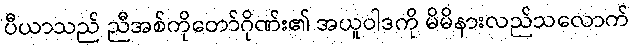
ပီယာသည် ညီအစ်ကိုတော်ဂိုဏ်း၏ အယူဝါဒကို မိမိနားလည်သလောက်